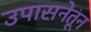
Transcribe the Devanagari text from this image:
उपासनेतून